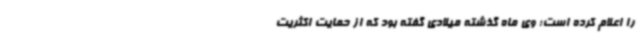
را اعلام کرده است؛ وی ماه گذشته میلادی گفته بود که از حمایت اکثریت